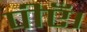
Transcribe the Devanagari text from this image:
पीएँ।